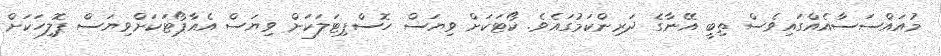
މުއައްސަސާއެއްގައިވެސް ތިބީ އޭނާގެ ދަރިންކަމުގައެވެ. ކޯޓަކަށް ވިޔަސް ހޮސްޕިޓަލަކަށް ވިޔަސް އެއާޕޯޓަކަށްވިޔަސް ޕޮލިހަކަށް